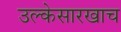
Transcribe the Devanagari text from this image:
उल्केसारखाच